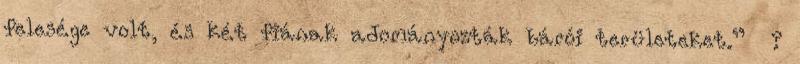
felesége volt, és két fiának adományozták bárói területeket.” ?